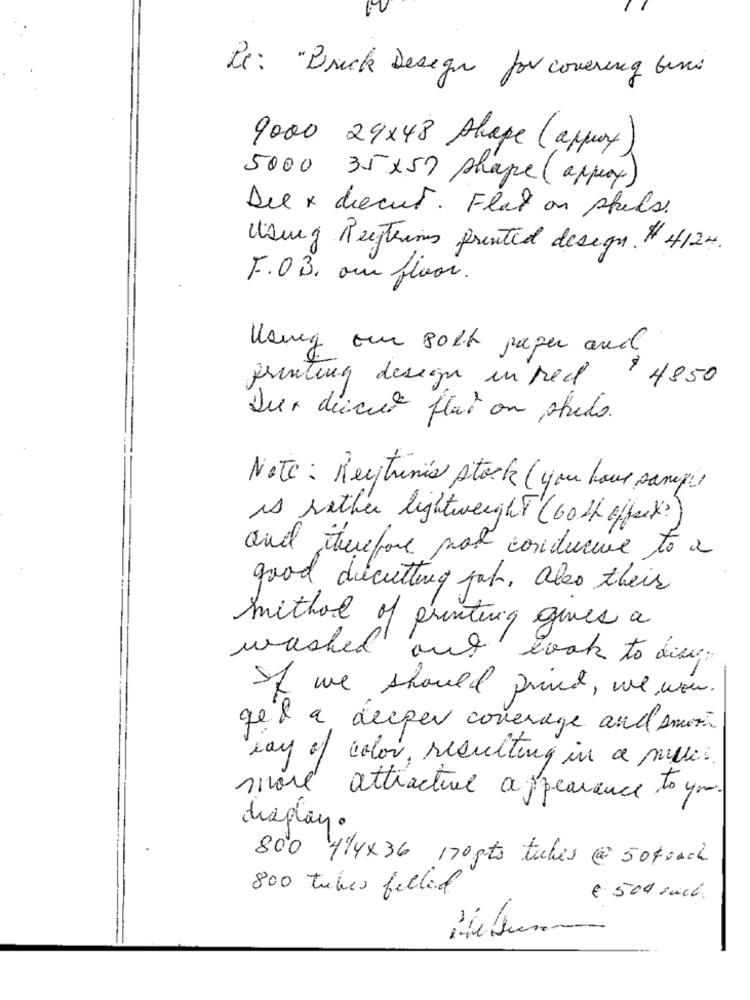
Re: "Brick Design for covering find
9000 29x48 Shape (approx)
5000 35x 57 shape (approx)
Del x diecut. Flat on spels.
Using Restring frented design. # 4124.
F.OB. oui floor.
Hang on solt paper and
printing desegu in red
$ 4850
Der diecut flat on sheds.
Note : Rectrinia stock ( you have sang)
is rather lightweight (60 th offee)?
and iturefore por conducive to a
good diecutting pat, also their
method of printing gives a
washed out took to dias.
If we should print, we wow.
qe & a deeper coverage and smotin
way of color, resulting in a mules.
more attractive appearance to you.
display.
800 4/4x36 170pts tubes @ 50korch
800 tubes filled
€ 500 auch.